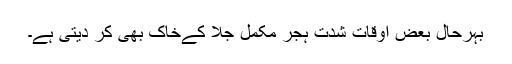
بہرحال بعض اوقات شدت ہجر مکمل جلا کےخاک بھی کر دیتی ہے۔